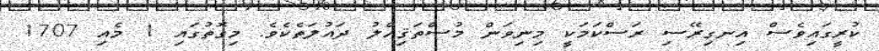
ކުރީގައިވެސް އިނގިރޭސި ރަސްކަމަކީ މިނިވަން މުސްތަޤިއްލު ދައުލަތެކެވެ. މިގޮތުގައި 1 މެއި 1707